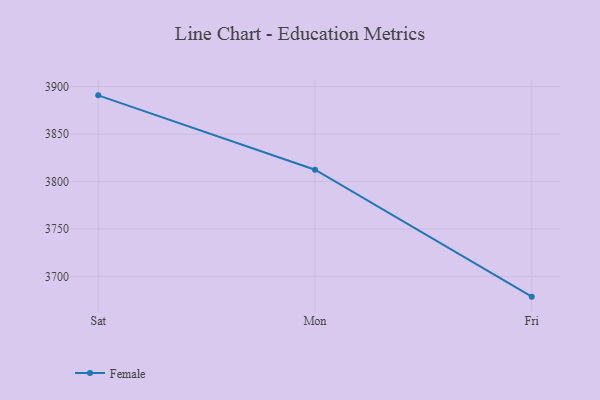
{"axis": {"x": "Day", "y": "Inventory Turnover"}, "legend": ["Female"], "data": [{"x": "Sat", "y": 3890.9, "type": "Female"}, {"x": "Mon", "y": 3812.5, "type": "Female"}, {"x": "Fri", "y": 3678.6, "type": "Female"}]}